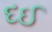
દઈ